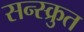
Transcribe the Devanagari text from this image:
सन्स्क्रुत